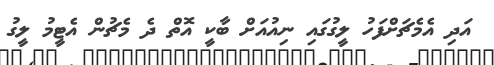
އަދި އެމެޗަށްފަހު ލީގުގައި ނިއުއަށް ބާކީ އޮތް ދެ މެޗުން އެޓީމު ލީގު